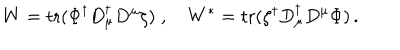
LaTeX: W = \mathrm { t r } ( \Phi ^ { \dagger } D _ { \mu } ^ { \dagger } D ^ { \mu } \zeta ) \; , \quad W ^ { \ast } = \mathrm { t r } ( \zeta ^ { \dagger } D _ { \mu } ^ { \dagger } D ^ { \mu } \Phi ) \, .